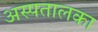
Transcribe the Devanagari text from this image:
अस्पतालका